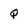
Character: Q